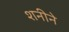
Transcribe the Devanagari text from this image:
शनीने